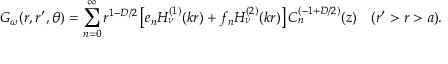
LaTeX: { \cal G } _ { \omega } ( r , r ^ { \prime } , \theta ) = \sum _ { n = 0 } ^ { \infty } r ^ { 1 - D / 2 } \left[ e _ { n } H _ { \nu } ^ { ( 1 ) } ( k r ) + f _ { n } H _ { \nu } ^ { ( 2 ) } ( k r ) \right] C _ { n } ^ { ( - 1 + { D / 2 } ) } ( z ) \quad ( r ^ { \prime } > r > a ) .